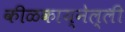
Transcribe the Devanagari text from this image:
कीळकाय्नेल्ली